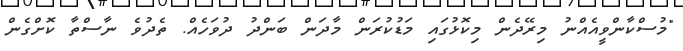
"މުސްކާންވީއެއްނު މިރޭދެން މިކޮޅުގައި މަޑުކުރަން މާދަން ބަންދު ދުވަހެއް. ތެދުވެ ނާސްތާ ކޮށްގެން